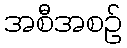
အစီအစဉ်